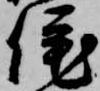
侘